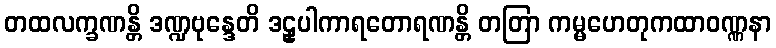
တထလက္ခဏန္တိ ဒဏ္ဍဗုန္ဒေတိ ဒဠှပါကာရတောရဏန္တိ တတြာ ကမ္မဟေတုကထာဝဏ္ဏနာ